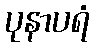
ပုနာပရံ